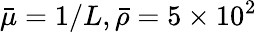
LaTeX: \bar{\mu}=1/L,\bar{\rho}=5\times 10^{2}